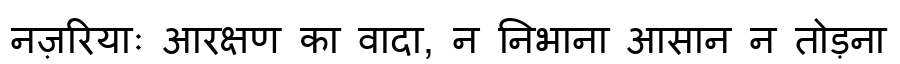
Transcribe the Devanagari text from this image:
नज़रियाः आरक्षण का वादा, न निभाना आसान न तोड़ना